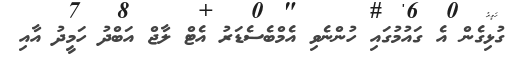
ގުޅިގެން އެ ގައުމުގައި ހުންނެވި އެމްބެސެޑަރު އެޓް ލާޖް އަބްދު ހަމީދު އާއި